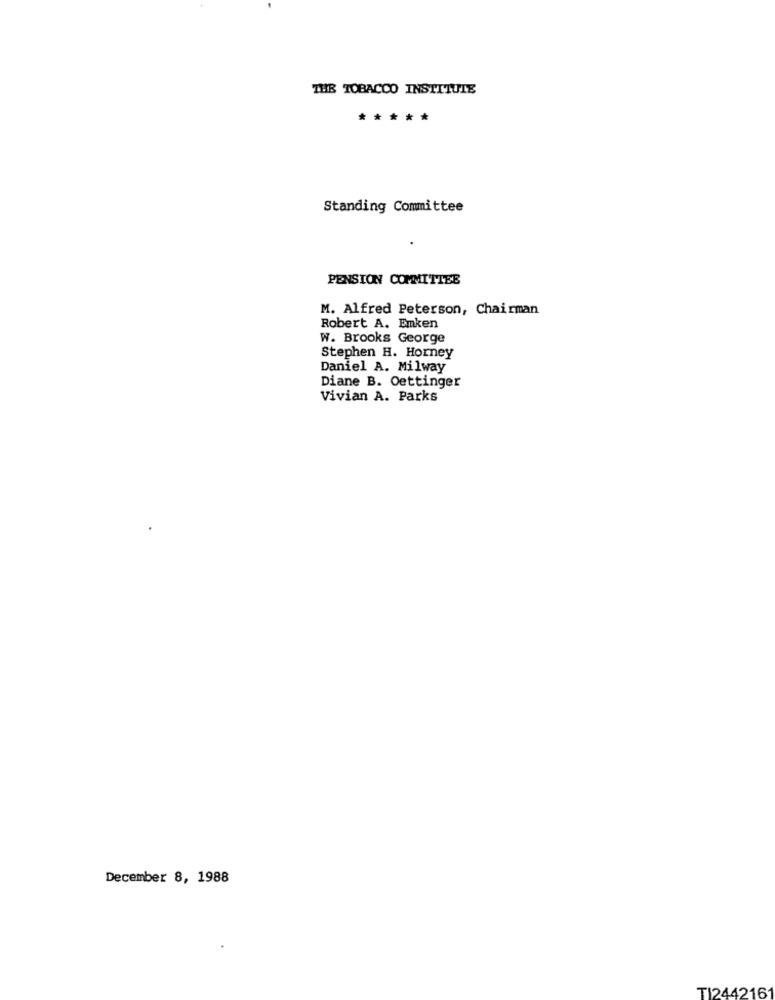
THE TOBACCO INSTITUTE
*****
Standing Committee
PENSION COMMITTEE
M. Alfred Peterson, Chairman
Robert A. Emken
W. Brooks George
Stephen H. Horney
Daniel A. Milway
Diane B. Oettinger
Vivian A. Parks
December 8, 1988
TI2442161